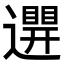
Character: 𨘊